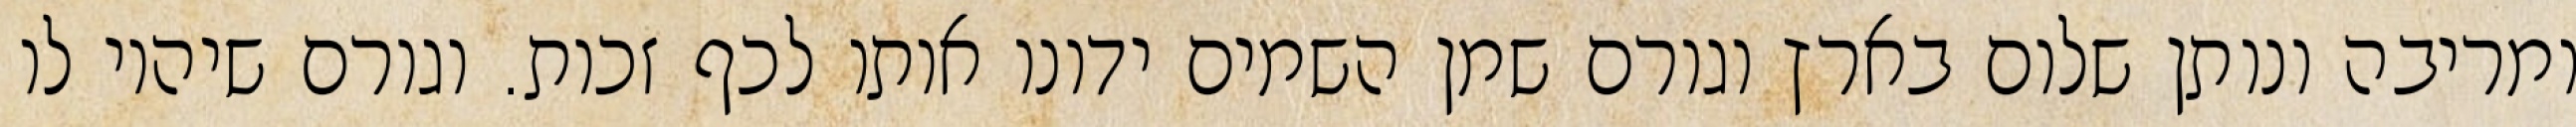
ומריבה ונותן שלום בארץ וגורם שמן השמים ידונו אותו לכף זכות. וגורם שיהיו לו